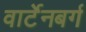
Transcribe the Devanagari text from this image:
वार्टेनबर्ग